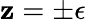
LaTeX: \mathbf{z}=\pm\epsilon